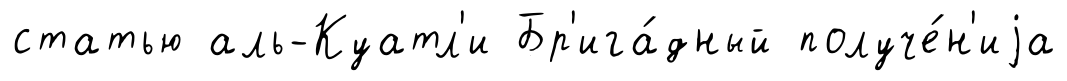
статью аль-Куатл'и Бр'ига́дный получе́н'иjа